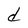
Character: d